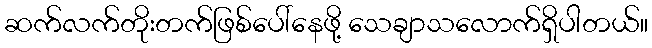
ဆက်လက်တိုးတက်ဖြစ်ပေါ်နေဖို့ သေချာသလောက်ရှိပါတယ်။